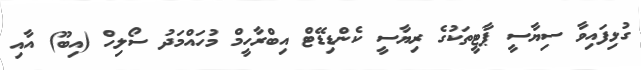
ގުޅިފައިވާ ސިޔާސީ ޕާޓީތަކުގެ ރިޔާސީ ކެންޑިޑޭޓް އިބްރާހީމް މުހައްމަދު ސޯލިހް (އިބޫ) އާއި